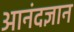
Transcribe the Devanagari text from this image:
आनंदज्ञान